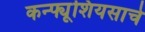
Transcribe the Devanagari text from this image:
कन्फ्यूशियसाचे